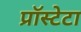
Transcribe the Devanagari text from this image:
प्रॉस्टेटा